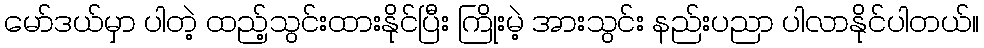
မော်ဒယ်မှာ ပါတဲ့ ထည့်သွင်းထားနိုင်ပြီး ကြိုးမဲ့ အားသွင်း နည်းပညာ ပါလာနိုင်ပါတယ်။